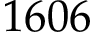
1 6 0 6